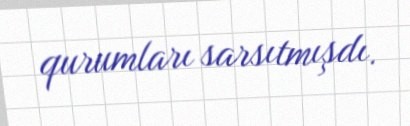
qurumları sarsıtmışdı.